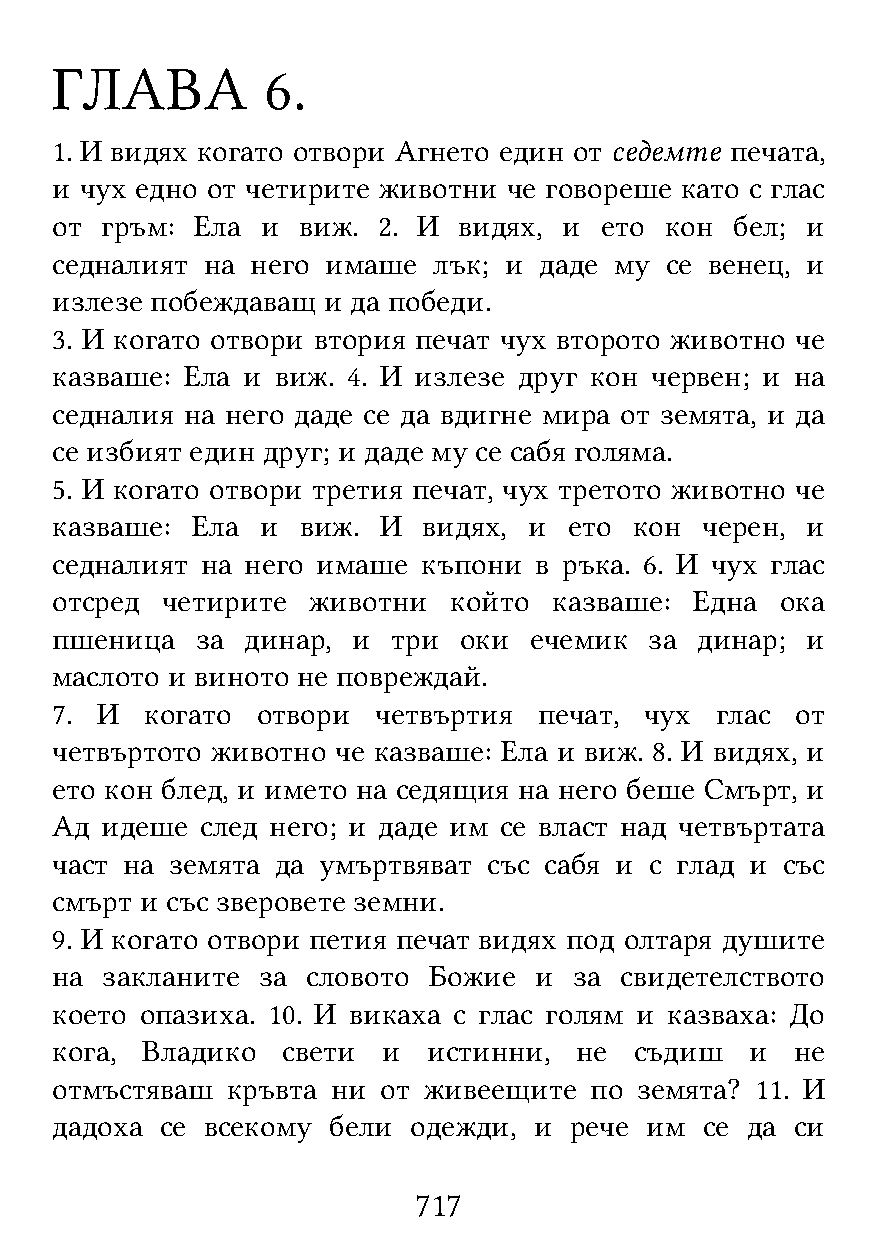
ГЛАВА          6.
 1. И видях когато отвори Агнето един от седемте печата,
 и чух едно от четирите животни че говореше като с глас
 от  гръм: Ела и  виж. 2. И видях, и  ето кон  бел; и
 седналият на  него имаше  лък; и даде му се венец, и
 излезе побеждаващ и да победи.
 3. И когато отвори втория печат чух второто животно че
 казваше: Ела и виж. 4. И излезе друг кон червен; и на
 седналия на него даде се да вдигне мира от земята, и да
 се избият един друг; и даде му се сабя голяма.
 5. И когато отвори третия печат, чух третото животно че
 казваше:  Ела и  виж. И  видях, и  ето кон черен, и
 седналият на него имаше  къпони в ръка. 6. И чух глас
 отсред  четирите животни   който  казваше: Една  ока
 пшеница   за динар, и  три оки  ечемик  за динар; и
 маслото и виното не повреждай.
 7. И   когато отвори  четвъртия  печат, чух глас  от
 четвъртото животно че казваше: Ела и виж. 8. И видях, и
 ето кон блед, и името на седящия на него беше Смърт, и
 Ад  идеше след него; и даде им се власт над четвъртата
 част на земята да умъртвяват със сабя и с глад и със
 смърт и със зверовете земни.
 9. И когато отвори петия печат видях под олтаря душите
 на  закланите за словото Божие  и  за свидетелството
 което опазиха. 10. И викаха с глас голям и казваха: До
 кога, Владико   свети и  истинни,  не  съдиш   и  не
 отмъстяваш  кръвта ни от живеещите  по земята? 11. И
 дадоха  се всекому бели одежди, и  рече им  се да си
 717